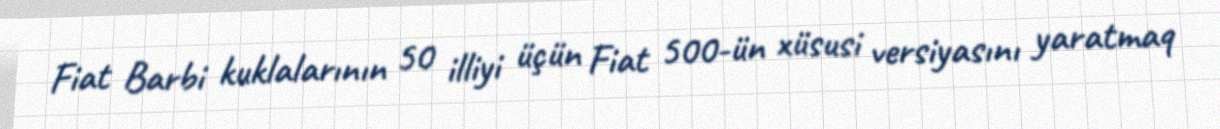
Fiat Barbi kuklalarının 50 illiyi üçün Fiat 500-ün xüsusi versiyasını yaratmaq